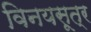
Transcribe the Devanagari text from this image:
विनयसूत्र